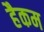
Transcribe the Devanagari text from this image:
हैकम